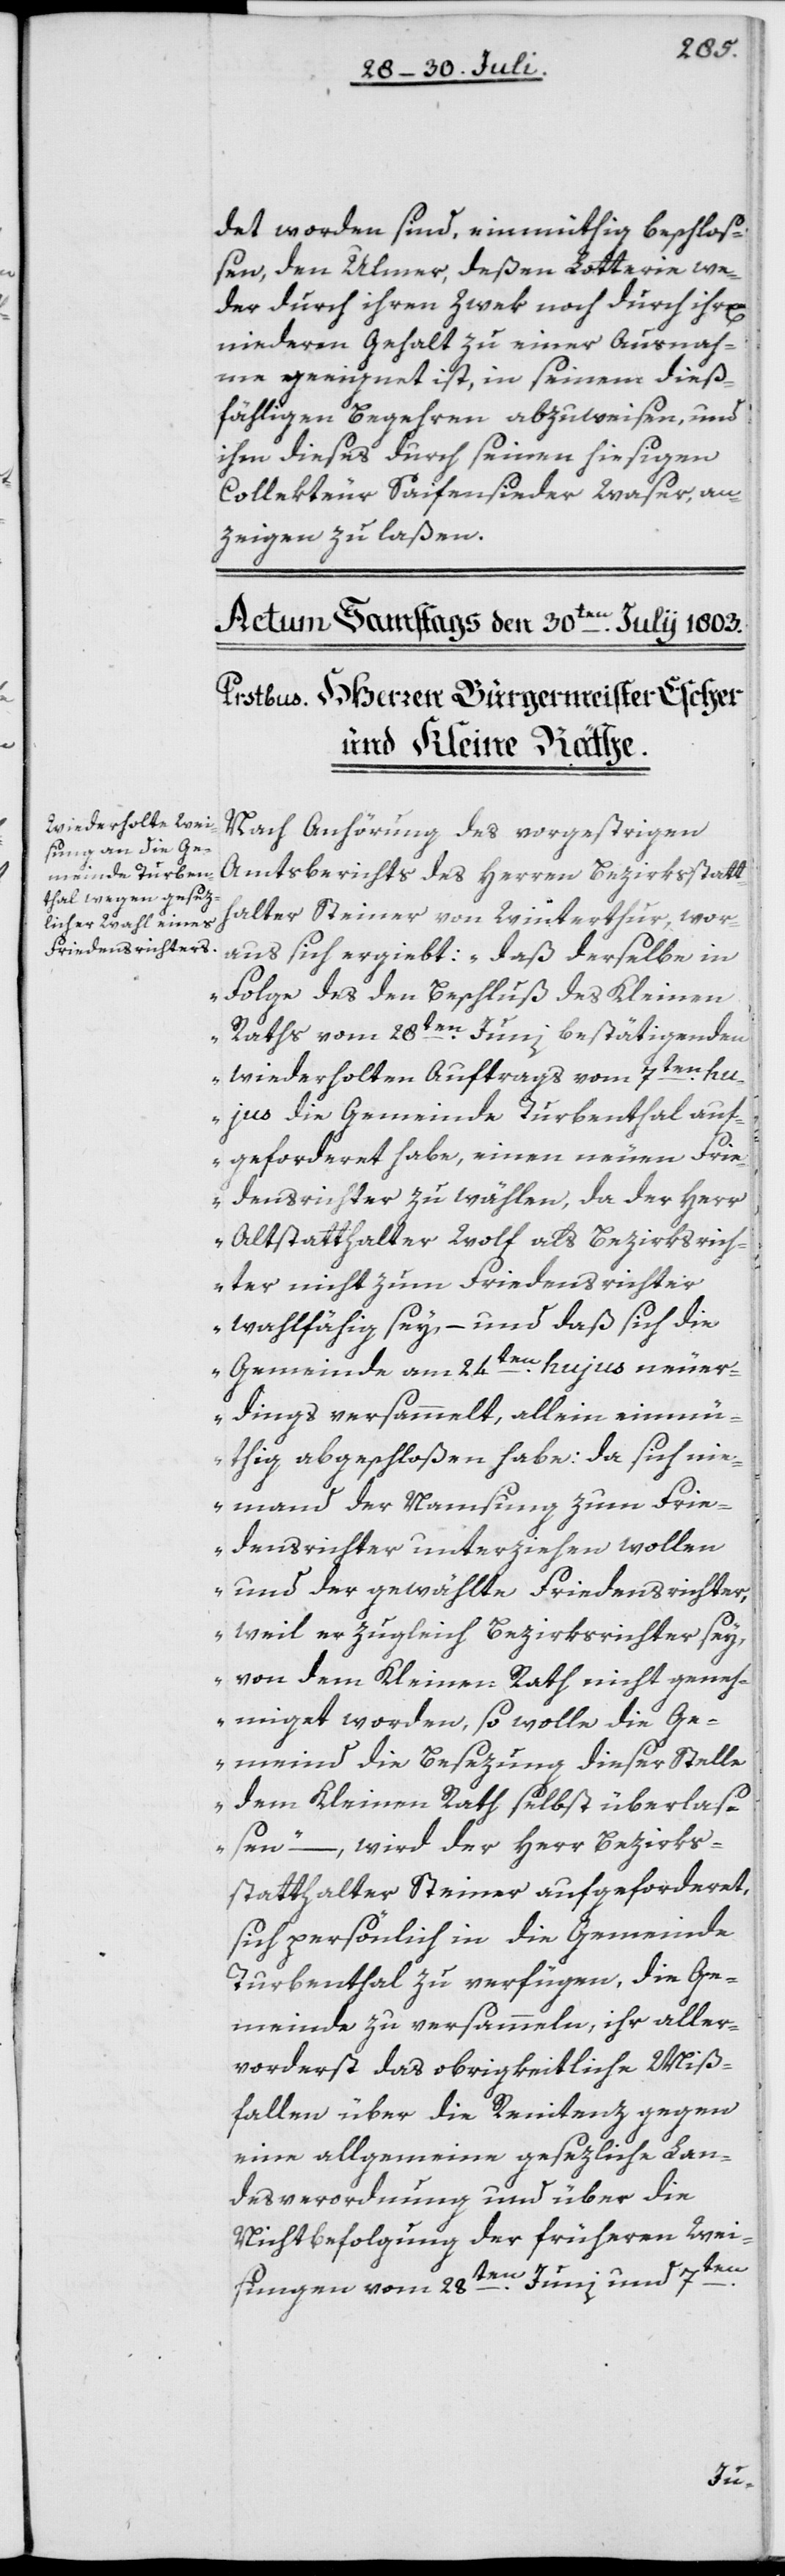
det worden sind, einmüthig beschloß¬
en, den Ulmer, deßen Lotterie we¬
der durch ihren Zwek noch durch ihr[en]
niederen Gehalt zu einer Ausnah¬
me geeignet ist, in seinem dieß¬
fälligen Begehren abzuweisen, und
ihm dieses durch seinen hiesigen
Collekteur Seifensieder Waser, an¬
zeigen zu laßen.
Nach Anhörung des vorgestrigen
Amtsberichts des Herren Bezirksstatt¬
halter Steiner von Winterthur, wor¬
aus sich ergiebt: „daß derselbe in
Folge des den Beschluß des Kleinen
Raths vom 28ten Juni bestätigenden
wiederholten Auftrags vom 7ten hu¬
jus die Gemeinde Turbenthal auf¬
geforderet habe, einen neuen Frie¬
densrichter zu wählen, da der Herr
Altstatthalter Wolf als Bezirksrich¬
ter nicht zum Friedensrichter
wahlfähig sey, – und daß sich die
Gemeinde am 24ten hujus neuer¬
dings versammelt, allein einm¬
üthig abgeschloßen habe: da sich nie¬
mand der Namsung zum Frie¬
densrichter unterziehen wollen
und der gewählte Friedensrichter,
weil er zugleich Bezirksrichter sey,
von dem Kleinen Rath nicht geneh¬
miget worden, so wolle die Ge¬
meind die Besezung dieser Stelle
dem Kleinen Rath selbst überlaß¬
en“ – , wird der Herr Bezirks¬
statthalter Steiner aufgeforderet,
sich persönlich in die Gemeinde
Turbenthal zu verfügen, die Ge¬
meinde zu versammeln, ihr aller¬
vorderst das obrigkeitliche Miß¬
fallen über die Renitenz gegen
eine allgemeine gesezliche Lan¬
desverordnung und über die
Nichtbefolgung der früheren Wei¬
7ten
sungen vom 28ten Juni und